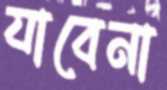
যাবেনা